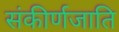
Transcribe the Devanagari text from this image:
संकीर्णजाति